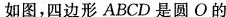
如图，四边形ABCD是圆O的